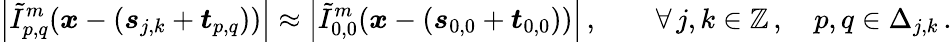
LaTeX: \left\vert\tilde{I}_{p,q}^{m}(\boldsymbol{x}-\left(\boldsymbol{s}_{j,k}+\boldsymbol{t}_{p,q}\right))\right\vert\approx\left\vert\tilde{I}_{0,0}^{m}(\boldsymbol{x}-\left(\boldsymbol{s}_{0,0}+\boldsymbol{t}_{0,0}\right))\right\vert\, ,\qquad\forall\, j,k\in\mathbb{Z}\, ,\quad p,q\in\Delta_{j,k}\, .